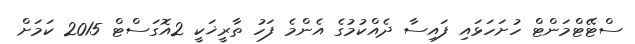
ސްޓޭޓްމަންޓް ހުށަހަޅައި ފައިސާ ދެއްކުމުގެ އެންމެ ފަހު ތާރީޚަކީ 2އޮގަސްޓް 2015 ކަމަށް